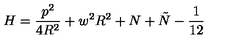
H = \frac { p ^ { 2 } } { 4 R ^ { 2 } } + w ^ { 2 } R ^ { 2 } + N + \tilde { N } - \frac { 1 } { 1 2 }